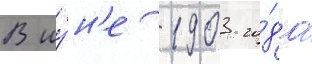
В иу́н'е 1903 го́да